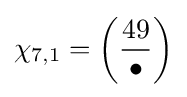
\chi _{7,1}=\left({\frac {49}{\bullet }}\right)